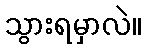
သွားရမှာလဲ။